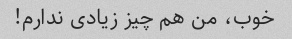
خوب، من هم چیز زیادی ندارم!